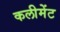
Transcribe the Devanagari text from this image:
कलीमेंट